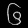
Digit: ၆